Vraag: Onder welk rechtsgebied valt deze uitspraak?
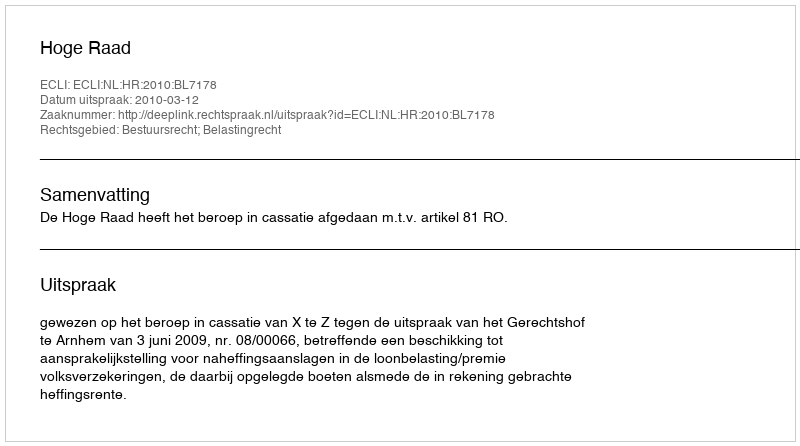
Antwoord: Bestuursrecht; Belastingrecht